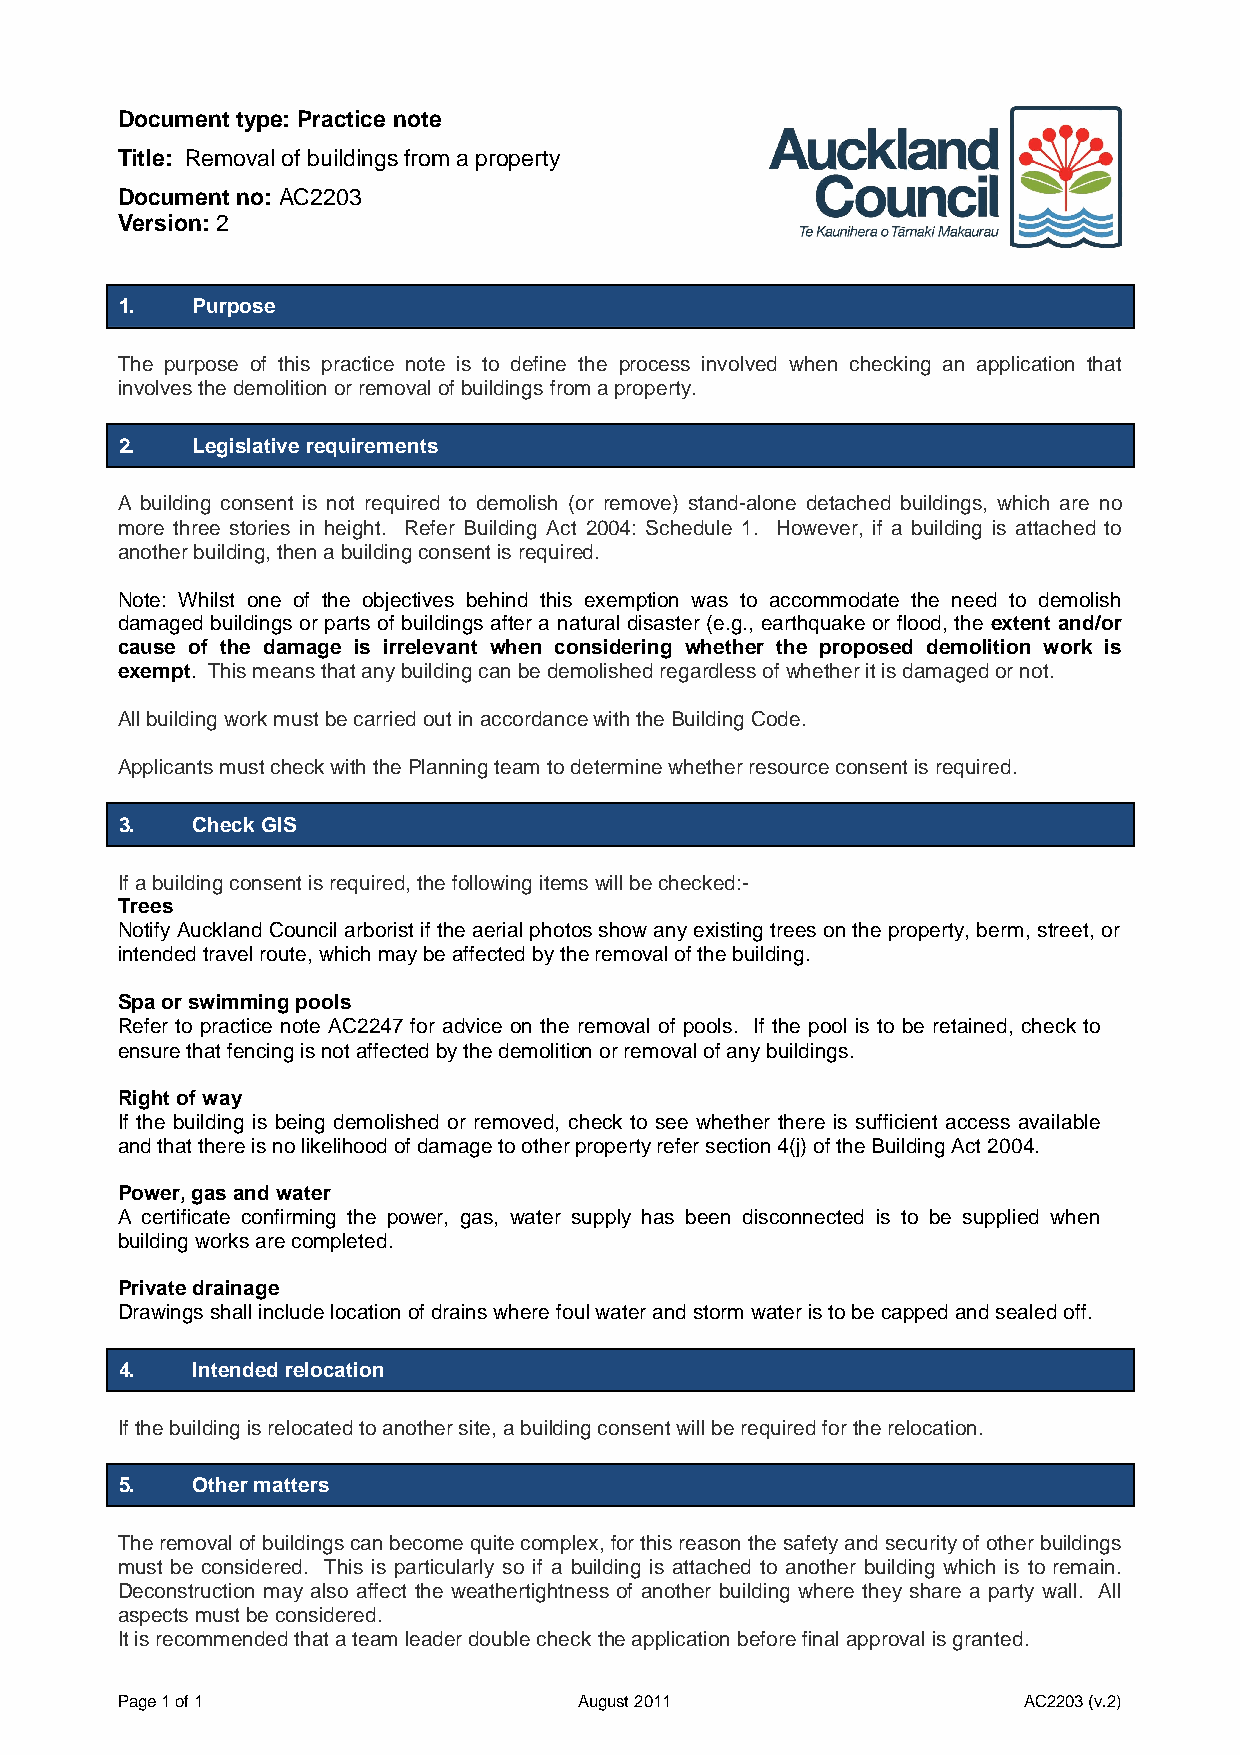
Document type: Practice note
 Title: Removal of buildings from a property
 Document no: AC2203
 Version: 2
 1.   Purpose
 The purpose of this practice note is to define the process involved when checking an application that
 involves the demolition or removal of buildings from a property.
 2.   Legislative requirements
 A building consent is not required to demolish (or remove) stand-alone detached buildings, which are no
 more three stories in height. Refer Building Act 2004: Schedule 1. However, if a building is attached to
 another building, then a building consent is required.
 Note: Whilst one of the objectives behind this exemption was to accommodate the need to demolish
 damaged buildings or parts of buildings after a natural disaster (e.g., earthquake or flood, the extent and/or
 cause of the damage is irrelevant when considering whether the proposed demolition work is
 exempt. This means that any building can be demolished regardless of whether it is damaged or not.
 All building work must be carried out in accordance with the Building Code.
 Applicants must check with the Planning team to determine whether resource consent is required.
 3.   Check GIS
 If a building consent is required, the following items will be checked:-
 Trees
 Notify Auckland Council arborist if the aerial photos show any existing trees on the property, berm, street, or
 intended travel route, which may be affected by the removal of the building.
 Spa or swimming pools
 Refer to practice note AC2247 for advice on the removal of pools. If the pool is to be retained, check to
 ensure that fencing is not affected by the demolition or removal of any buildings.
 Right of way
 If the building is being demolished or removed, check to see whether there is sufficient access available
 and that there is no likelihood of damage to other property refer section 4(j) of the Building Act 2004.
 Power, gas and water
 A certificate confirming the power, gas, water supply has been disconnected is to be supplied when
 building works are completed.
 Private drainage
 Drawings shall include location of drains where foul water and storm water is to be capped and sealed off.
 4.   Intended relocation
 If the building is relocated to another site, a building consent will be required for the relocation.
 5.   Other matters
 The removal of buildings can become quite complex, for this reason the safety and security of other buildings
 must be considered. This is particularly so if a building is attached to another building which is to remain.
 Deconstruction may also affect the weathertightness of another building where they share a party wall. All
 aspects must be considered.
 It is recommended that a team leader double check the application before final approval is granted.
 Page 1 of 1                   August 2011                   AC2203 (v.2)